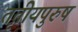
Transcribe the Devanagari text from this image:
तृतीयपुरुष